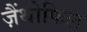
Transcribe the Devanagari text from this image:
ज़ैंथोफिल